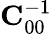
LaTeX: {\mathbf C}_{00}^{-1}